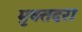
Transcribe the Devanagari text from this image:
मुक्तदरा